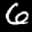
Label: 6